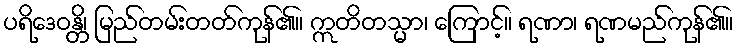
ပရိဒေဝန္တိ၊ မြည်တမ်းတတ်ကုန်၏။ ဣတိတသ္မာ၊ ကြောင့်။ ရဏာ၊ ရဏမည်ကုန်၏။